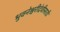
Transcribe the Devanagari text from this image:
भुवनेश्वरीदेवीसाठी